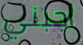
اجبني